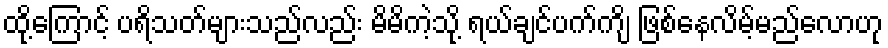
ထို့ကြောင့် ပရိသတ်များသည်လည်း မိမိကဲ့သို့ ရယ်ချင်ပက်ကျိ ဖြစ်နေလိမ့်မည်လောဟု